Leprosy in India: report of the Leprosy Commission in India, 1890-91
Year: 1890
Disease focus: Leprosy
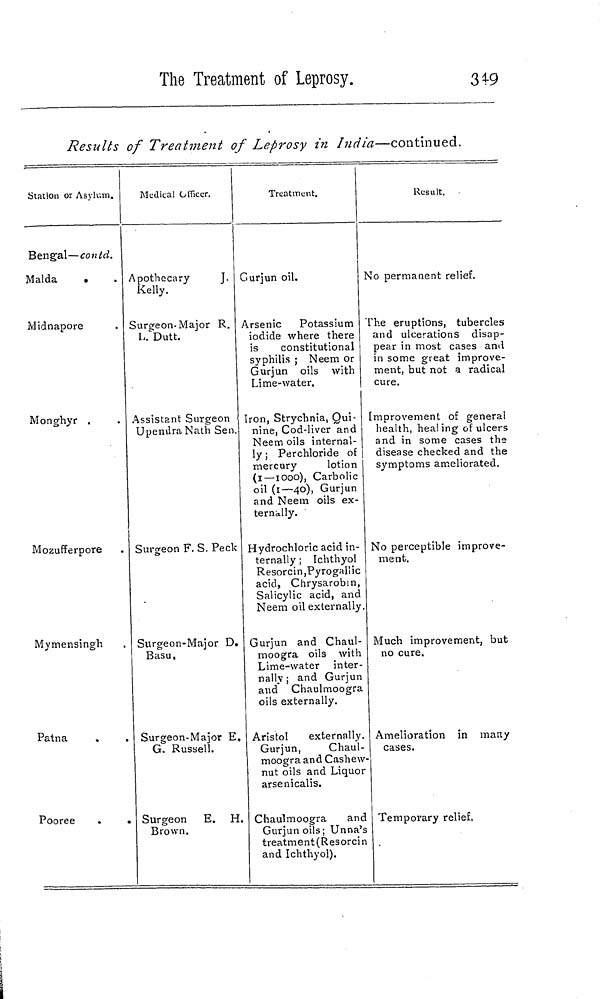
The Treatment of Leprosy.
349
Results of Treatment of Leprosy in India—continued.
Station or Asylum.
Bengal—contd.
Malda
Midnapore
Monghyr
Mozufferpore
Mymensingh
Patna
Pooree
Medical Officer.
Apothecary
J.
Kelly.
Surgeon-Major R.
L. Dutt.
Assistant Surgeon
Upendra Nath Sen.
Surgeon F. S. Peck
Surgeon-Major D.
Basu
Surgeon-Major E.
G. Russell.
Surgeon E. H.
Brown.
Treatment.
Gurjun oil.
Arsenic Potassium
iodide where there
is
constitutional
syphilis ; Neem or
Gurjun oils with
Lime-water.
Iron, Strychnia, Qui-
nine, Cod-liver and
Neem oils internal-
ly ; Perchloride of
mercury
lotion
(1 —1000), Carbolic
oil (1—40), Gurjun
and Neem oils ex-
ternally.
Hydrochloric acid in-
ternally ; Ichthyol
Resorcin,Pyrogaliic
acid, Chrysarobin,
Salicylic acid, and
Neem oil externally.
Gurjun and Chaul-
moogra oils with
Lime-water inter-
nally; and Gurjun
and Chaulmoogra
oils externally.
Aristol
externally.
Gurjun,
Chaul-
moogra and Cashew
nut oils and Liquor
arsenicalis.
Chaulmoogra
and
Gurjun oils; Unna's
treatment (Resorcin
and Ichthyol).
Result.
No permanent relief.
The eruptions, tubercles
and ulcérations disap-
pear in most cases and
in some great improve-
ment, but not a radical
cure.
Improvement of general
health, healing of ulcers
and in some cases the
disease checked and the
symptoms ameliorated.
No perceptible improve-
ment.
Much improvement, but
no cure.
Amelioration in many
cases.
Temporary relief,